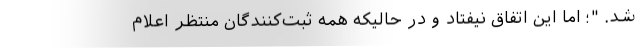
شد. "؛ اما این اتفاق نیفتاد و در حالیکه همه ثبت‌کنندگان منتظر اعلام